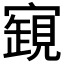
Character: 𧡧